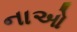
નાઓ